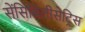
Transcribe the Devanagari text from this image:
सेंसिबिलीसेट्रिस